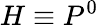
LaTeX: H\equiv P^{0}